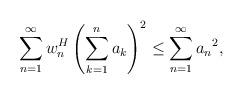
LaTeX: \begin{align*}{}\displaystyle\sum_{n=1}^{\infty} w_n^{H} \left(\sum_{k=1}^{n}a_k \right)^2\leq \sum_{n=1}^{\infty}{a_n}^2,\end{align*}